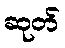
ဆုတ်